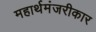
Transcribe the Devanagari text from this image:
महार्थमंजरीकार